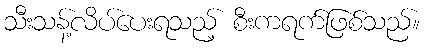
သီးသန့်လိပ်ပေးရသည့် စီးကရက်ဖြစ်သည်။